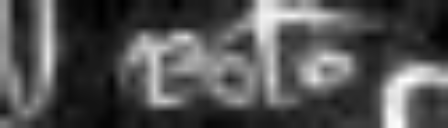
Roberto